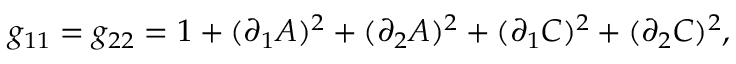
g _ { 1 1 } = g _ { 2 2 } = 1 + ( \partial _ { 1 } A ) ^ { 2 } + ( \partial _ { 2 } A ) ^ { 2 } + ( \partial _ { 1 } C ) ^ { 2 } + ( \partial _ { 2 } C ) ^ { 2 } ,